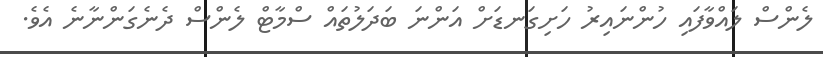
ލެންސް ލައްވާފައި ހުންނައިރު ހަށިގަނޑަށް އަންނަ ބަދަލުތައް ސްމާޓް ލެންސް ދެނެގަންނާނެ އެވެ.